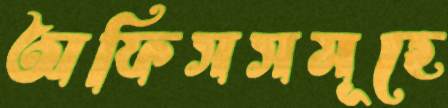
অফিসসমূহে